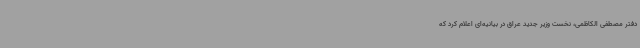
دفتر مصطفی الکاظمی، نخست وزیر جدید عراق در بیانیه‌ای اعلام کرد که